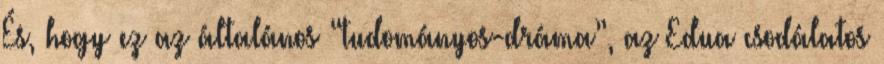
És, hogy ez az általános “tudományos-dráma”, az Edua csodálatos